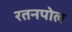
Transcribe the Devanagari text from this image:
रतनपोल